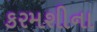
કરમશીના